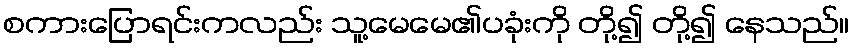
စကားပြောရင်းကလည်း သူ့မေမေ၏ပခုံးကို တို့၍ တို့၍ နေသည်။